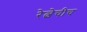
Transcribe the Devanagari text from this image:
रेल्वेचीच